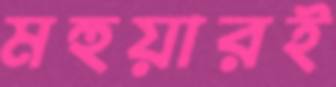
মহুয়ারই